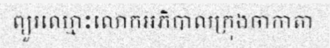
ព្យួរឈ្មោះលោកអភិបាលក្រុងចាកាតា